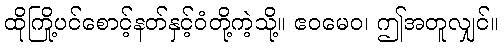
ထိုကြို့ပင်စောင့်နတ်နှင့်ဝံတို့ကဲ့သို့။ ဧဝမေဝ၊ ဤအတူလျှင်။